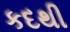
કદથી